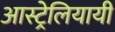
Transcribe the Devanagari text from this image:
आस्ट्रेलियायी